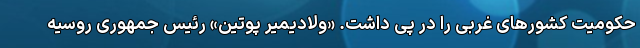
حکومیت کشورهای غربی را در پی داشت. «ولادیمیر پوتین» رئیس جمهوری روسیه